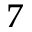
^ 7